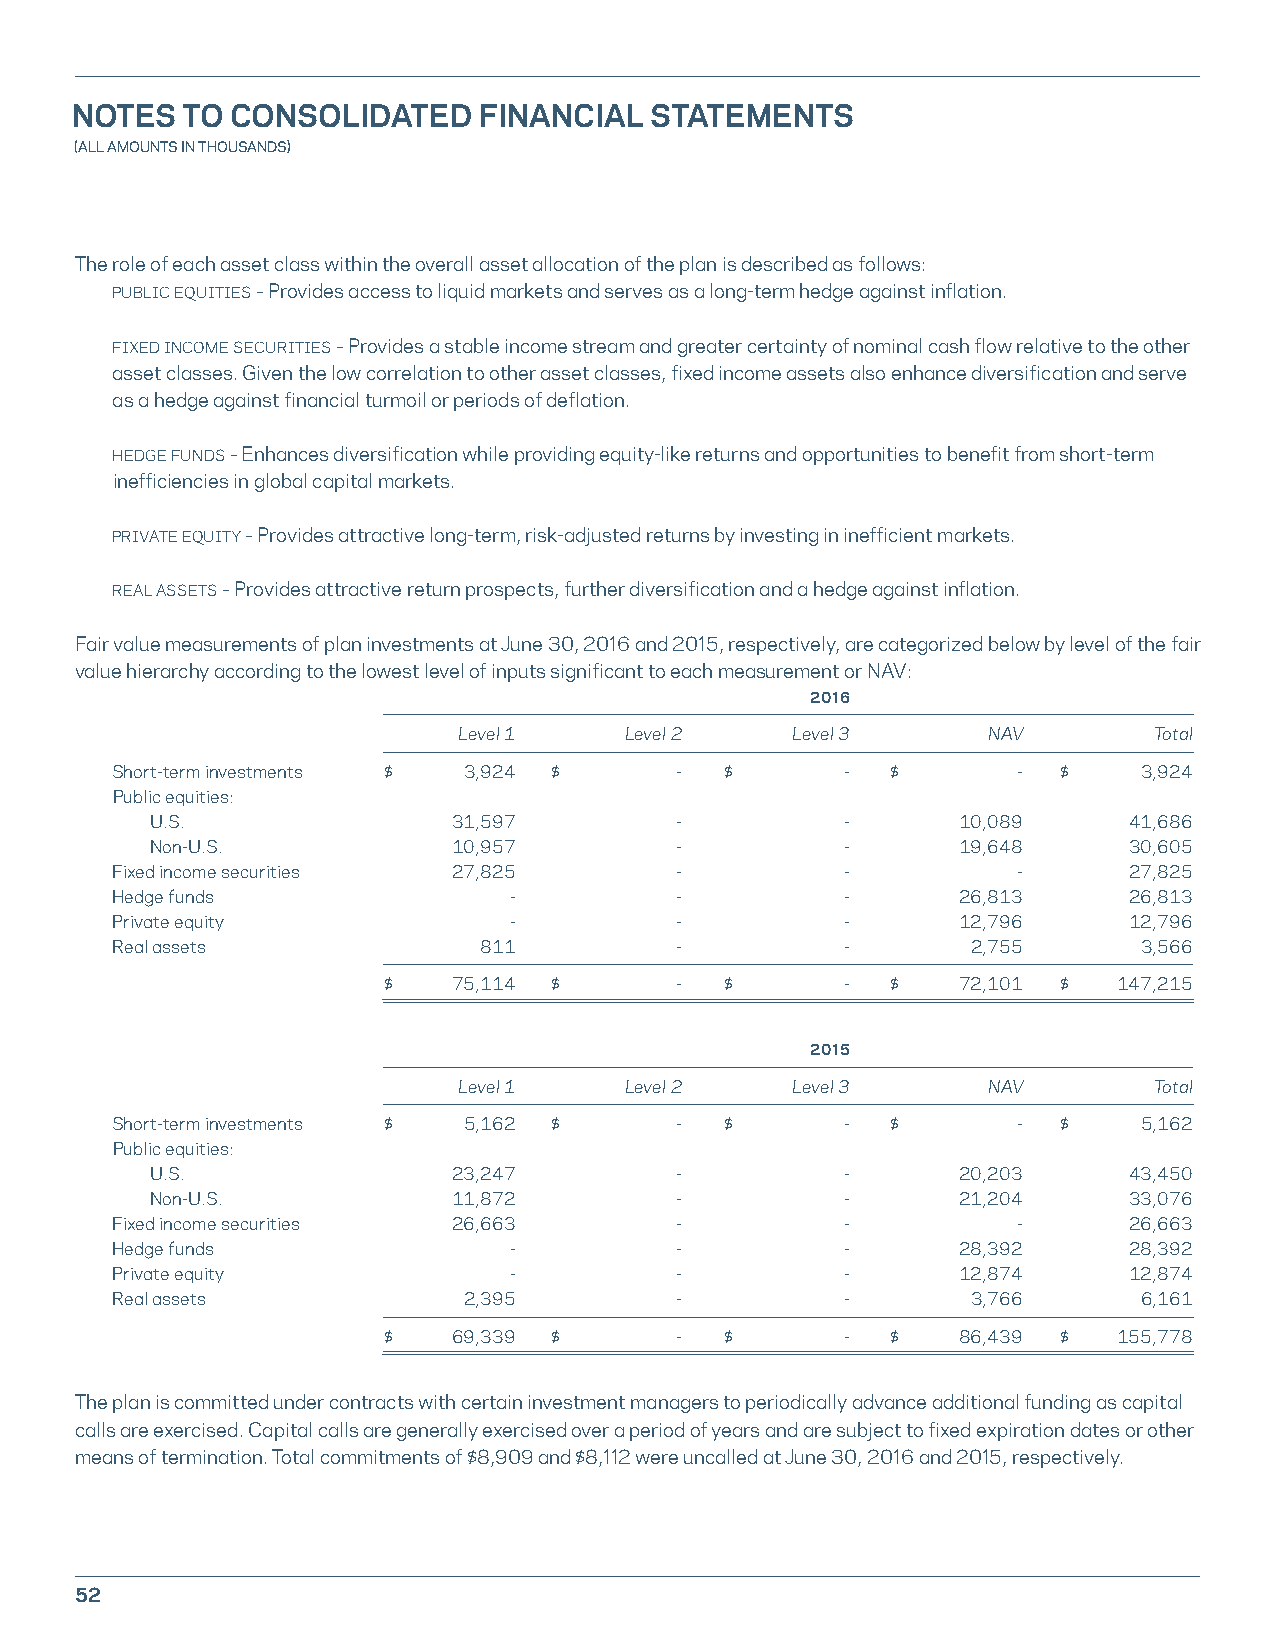
NOTES  TO CONSOLIDATED     FINANCIAL  STATEMENTS
 (ALL AMOUNTS IN THOUSANDS)
 The role of each asset class within the overall asset allocation of the plan is described as follows:
 PUBLIC EQUITIES – Provides access to liquid markets and serves as a long-term hedge against inflation.
 FIXED INCOME SECURITIES – Provides a stable income stream and greater certainty of nominal cash flow relative to the other
 asset classes. Given the low correlation to other asset classes, fixed income assets also enhance diversification and serve
 as a hedge against financial turmoil or periods of deflation.
 HEDGE FUNDS – Enhances diversification while providing equity-like returns and opportunities to benefit from short-term
 inefficiencies in global capital markets.
 PRIVATE EQUITY – Provides attractive long-term, risk-adjusted returns by investing in inefficient markets.
 REAL ASSETS – Provides attractive return prospects, further diversification and a hedge against inflation.
 Fair value measurements of plan investments at June 30, 2016 and 2015, respectively, are categorized below by level of the fair
 value hierarchy according to the lowest level of inputs significant to each measurement or NAV:
 2016
 Level 1    Level 2    Level 3      NAV        Total
 Short-term investments $ 3,924 $      -  $       -  $       -  $     3,924
 Public equities:
 U.S.                31,597         -          -      10,089      41,686
 Non-U.S.            10,957         -          -      19,648      30,605
 Fixed income securities 27,825        -          -          -       27,825
 Hedge funds                -          -          -      26,813      26,813
 Private equity             -          -          -      12,796      12,796
 Real assets              811          -          -       2,755       3,566
 $    75,114 $       -  $       -  $   72,101 $   147,215
 2015
 Level 1    Level 2    Level 3      NAV        Total
 Short-term investments $ 5,162 $      -  $       -  $       -  $     5,162
 Public equities:
 U.S.                23,247         -          -      20,203      43,450
 Non-U.S.            11,872         -          -      21,204      33,076
 Fixed income securities 26,663        -          -          -       26,663
 Hedge funds                -          -          -      28,392      28,392
 Private equity             -          -          -      12,874      12,874
 Real assets             2,395         -          -       3,766       6,161
 $    69,339 $       -  $       -  $   86,439 $   155,778
 The plan is committed under contracts with certain investment managers to periodically advance additional funding as capital
 calls are exercised. Capital calls are generally exercised over a period of years and are subject to fixed expiration dates or other
 means of termination. Total commitments of $8,909 and $8,112 were uncalled at June 30, 2016 and 2015, respectively.
 52